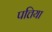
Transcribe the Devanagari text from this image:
पत्तिया